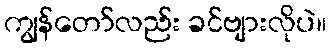
ကျွန်တော်လည်း ခင်ဗျားလိုပဲ။